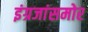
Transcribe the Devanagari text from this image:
इंग्रजांसमोर